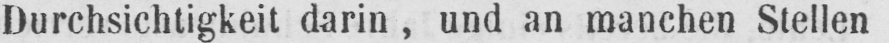
Durchsichtigkeit darin, und an manchen Stellen